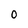
Character: 0